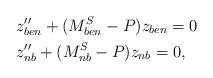
LaTeX: \begin{align*} \begin{aligned} & z''_{ben} +(M^S_{ben}-P) z_{ben}=0 \\ & z''_{nb} + (M^S_{nb}-P) z_{nb}=0,\end{aligned}\end{align*}